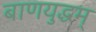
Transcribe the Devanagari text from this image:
बाणयुद्धम्